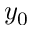
y _ { 0 }